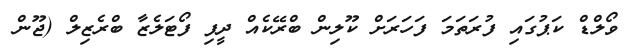
ވޯލްޑް ކަޕުގައި ފުރަތަމަ ފަހަރަށް ކޫލިން ބްރޭކެއް ދީފި ފޯޓަލެޒާ ބްރެޒިލް (ޖޫން